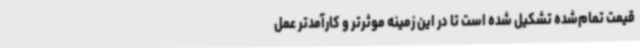
قیمت تمام‌شده تشکیل شده است تا در این زمینه موثرتر و کارآمدتر عمل